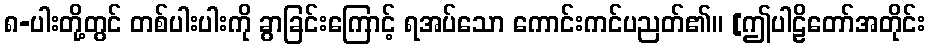
၈-ပါးတို့တွင် တစ်ပါးပါးကို ခွာခြင်းကြောင့် ရအပ်သော ကောင်းကင်ပညတ်၏။ [ဤပါဠိတော်အတိုင်း